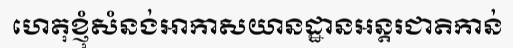
ហេតុខ្ញុំសំនង់អាកាសយានដ្ឋានអន្តរជាតិកាន់